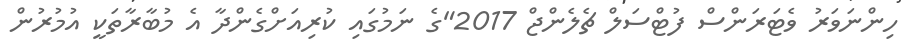
ހިންނަވަރު ވެޓަރަންސް ފުޓްސަލް ޗެލެންޖް 2017"ގެ ނަމުގައި ކުރިއަށްގެންދާ އެ މުބާރާތަކީ އުމުރުން